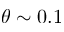
\theta \sim 0 . 1